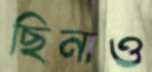
ছিনাও